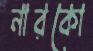
নারকো